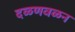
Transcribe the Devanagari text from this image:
दळणवळन